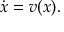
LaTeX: { \dot { x } } = v ( x ) .